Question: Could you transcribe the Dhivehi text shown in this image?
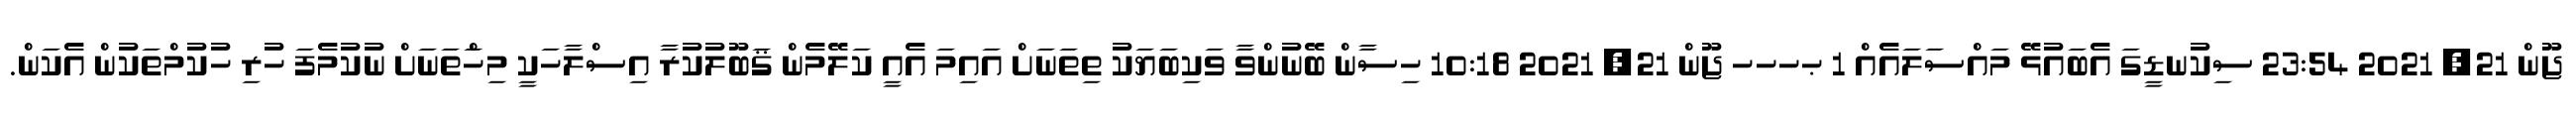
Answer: ޖޫން 21, 2021 23:54 ސިކުނޑީގަ އެބައުޅޭ މައްސަލައެއް 1 ޙހހހ ޖޫން 21, 2021 10:18 ހިސާން ބޭނުންވާ ވަކިބަޔަކު ތިތަނަށް އައިމަ އެއީ ކަލޭމެން ޤަބޫލުކުރާ އިސްލާހަކީ މިހަްތަނަށް ނުކުމެފަ ހުރި ހުކުމްތަކުން އެކަން.